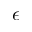
\epsilon